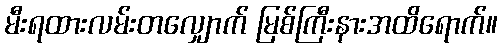
မီးရထားလမ်းတလျှောက် မြစ်ကြီးနားအထိရောက်။